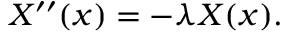
X ^ { \prime \prime } ( x ) = - \lambda X ( x ) .